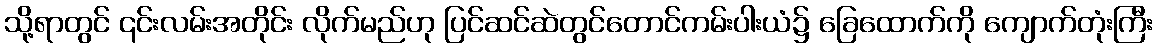
သို့ရာတွင် ၎င်းလမ်းအတိုင်း လိုက်မည်ဟု ပြင်ဆင်ဆဲတွင်တောင်ကမ်းပါးယံ၌ ခြေထောက်ကို ကျောက်တုံးကြီး